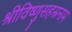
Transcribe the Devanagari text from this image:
श्रीविष्णुसहस्रनाम